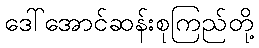
ဒေါ်အောင်ဆန်းစုကြည်တို့